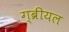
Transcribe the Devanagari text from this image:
ग्ब्रीयल